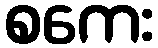
စကေး